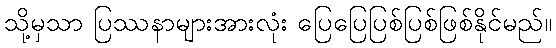
သို့မှသာ ပြဿနာများအားလုံး ပြေပြေပြစ်ပြစ်ဖြစ်နိုင်မည်။